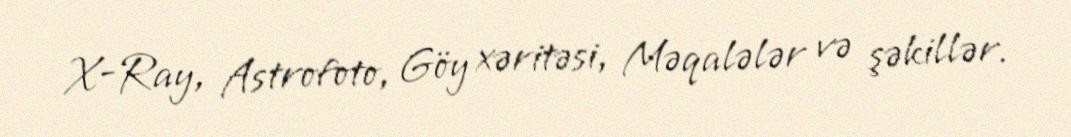
X-Ray, Astrofoto, Göy xəritəsi, Məqalələr və şəkillər.